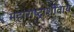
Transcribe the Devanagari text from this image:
महाराष्ट्राशीवाय